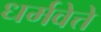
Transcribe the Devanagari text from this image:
धर्मवेत्ते